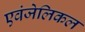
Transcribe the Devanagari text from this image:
एवंजेलिकल